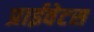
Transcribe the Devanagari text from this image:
प्राईवेटस